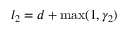
l _ { 2 } = d + \operatorname* { m a x } ( 1 , \gamma _ { 2 } )